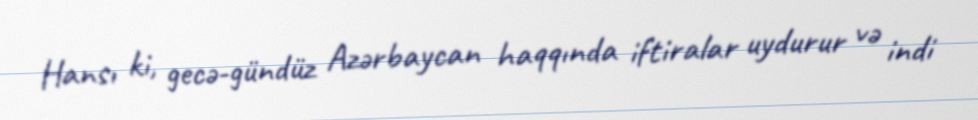
Hansı ki, gecə-gündüz Azərbaycan haqqında iftiralar uydurur və indi